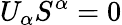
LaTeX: U_{\alpha}S^{\alpha}=0